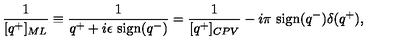
{ \frac { 1 } { [ q ^ { + } ] _ { M L } } } \equiv { \frac { 1 } { q ^ { + } + i \epsilon \ \mathrm { s i g n } ( q ^ { - } ) } } = { \frac { 1 } { [ q ^ { + } ] _ { C P V } } } - i \pi \ \mathrm { s i g n } ( q ^ { - } ) \delta ( q ^ { + } ) ,